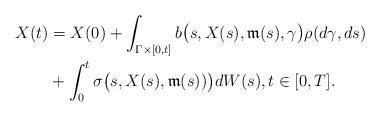
LaTeX: \begin{align*} X(t) &= X(0) + \int_{\Gamma\times[0,t]} b\bigl(s,X(s),\mathfrak{m}(s),\gamma\bigr)\rho(d\gamma,ds) \\&+ \int_{0}^{t} \sigma\bigl(s,X(s),\mathfrak{m}(s))\bigr)dW(s),t\in [0,T].\end{align*}